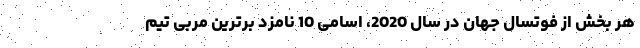
هر بخش از فوتسال جهان در سال 2020، اسامی 10 نامزد برترین مربی تیم